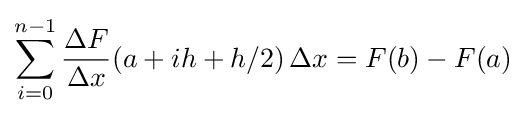
\sum _{i=0}^{n-1}{\frac {\Delta F}{\Delta x}}(a+ih+h/2)\,\Delta x=F(b)-F(a)